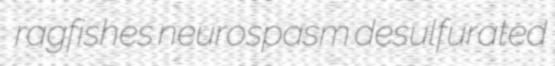
ragfishes neurospasm desulfurated